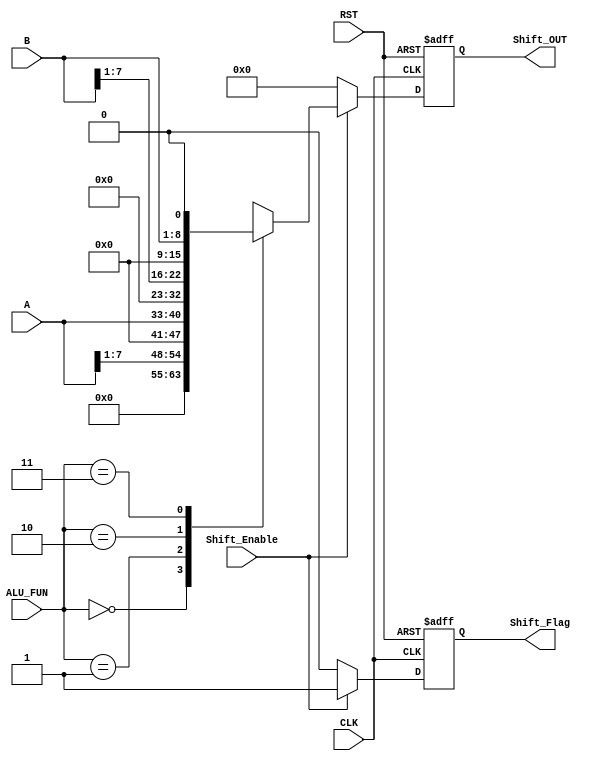
module Shift_Unit #(
    parameter Width=16
) (
    input wire [7:0]  A,B,
    input wire [1:0]        ALU_FUN,
    input wire              CLK,RST,Shift_Enable,
    output reg [Width-1:0]  Shift_OUT,
    output reg              Shift_Flag 
);

reg [Width-1:0] Shift_OUT_Comb;

always @(*) 
begin
    Shift_OUT_Comb = 0;
    case (ALU_FUN)
        2'b00:
            begin
                Shift_OUT_Comb = A>>1;
            end
        2'b01:
            begin
                Shift_OUT_Comb = A<<1;
            end
        2'b10:
            begin
                Shift_OUT_Comb = B>>1;
            end
        2'b11:
            begin
                Shift_OUT_Comb = B<<1;
            end
        
        default: Shift_OUT_Comb = 0;
    endcase    
end

always @(posedge CLK or negedge RST) 
begin
if (!RST) 
    begin
        Shift_OUT <= 0;
        Shift_Flag <= 1'b0;
    end
    else if (Shift_Enable)
    begin
        Shift_OUT <= Shift_OUT_Comb;
        Shift_Flag <= 1'b1;
    end
    else
    begin
        Shift_OUT <= 0;
        Shift_Flag <= 1'b0;
    end

end
    
endmodule